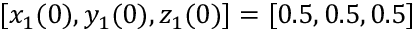
[ x _ { 1 } ( 0 ) , y _ { 1 } ( 0 ) , z _ { 1 } ( 0 ) ] = [ 0 . 5 , 0 . 5 , 0 . 5 ]